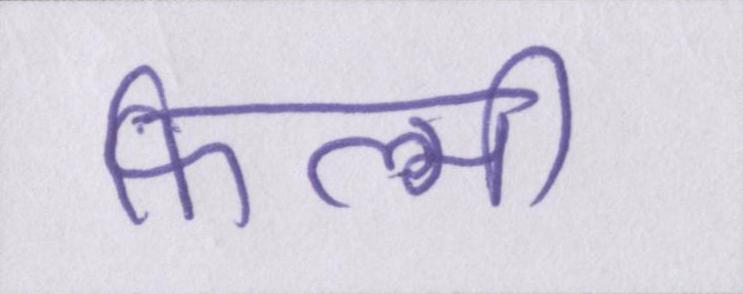
फिल्मी